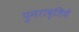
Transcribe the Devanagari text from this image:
पुनरावृतिये